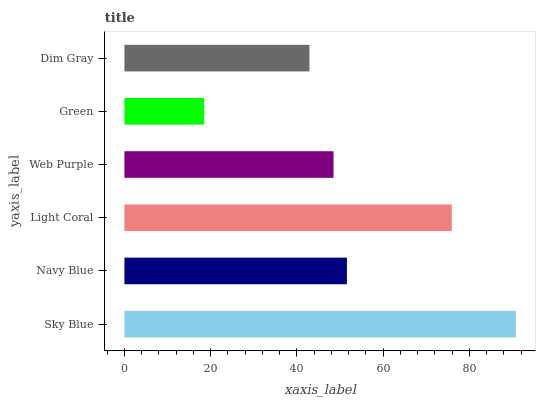
| yaxis_label | bars |
 | --- | --- |
 | Sky Blue | 90.8 |
 | Navy Blue | 51.6 |
 | Light Coral | 75.9 |
 | Web Purple | 48.5 |
 | Green | 18.5 |
 | Dim Gray | 42.9 |